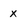
Character: x